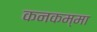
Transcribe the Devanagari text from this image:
कनकम्मा